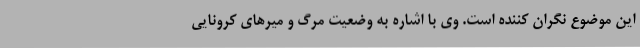
این موضوع نگران کننده است. وی با اشاره به وضعیت مرگ و میرهای کرونایی